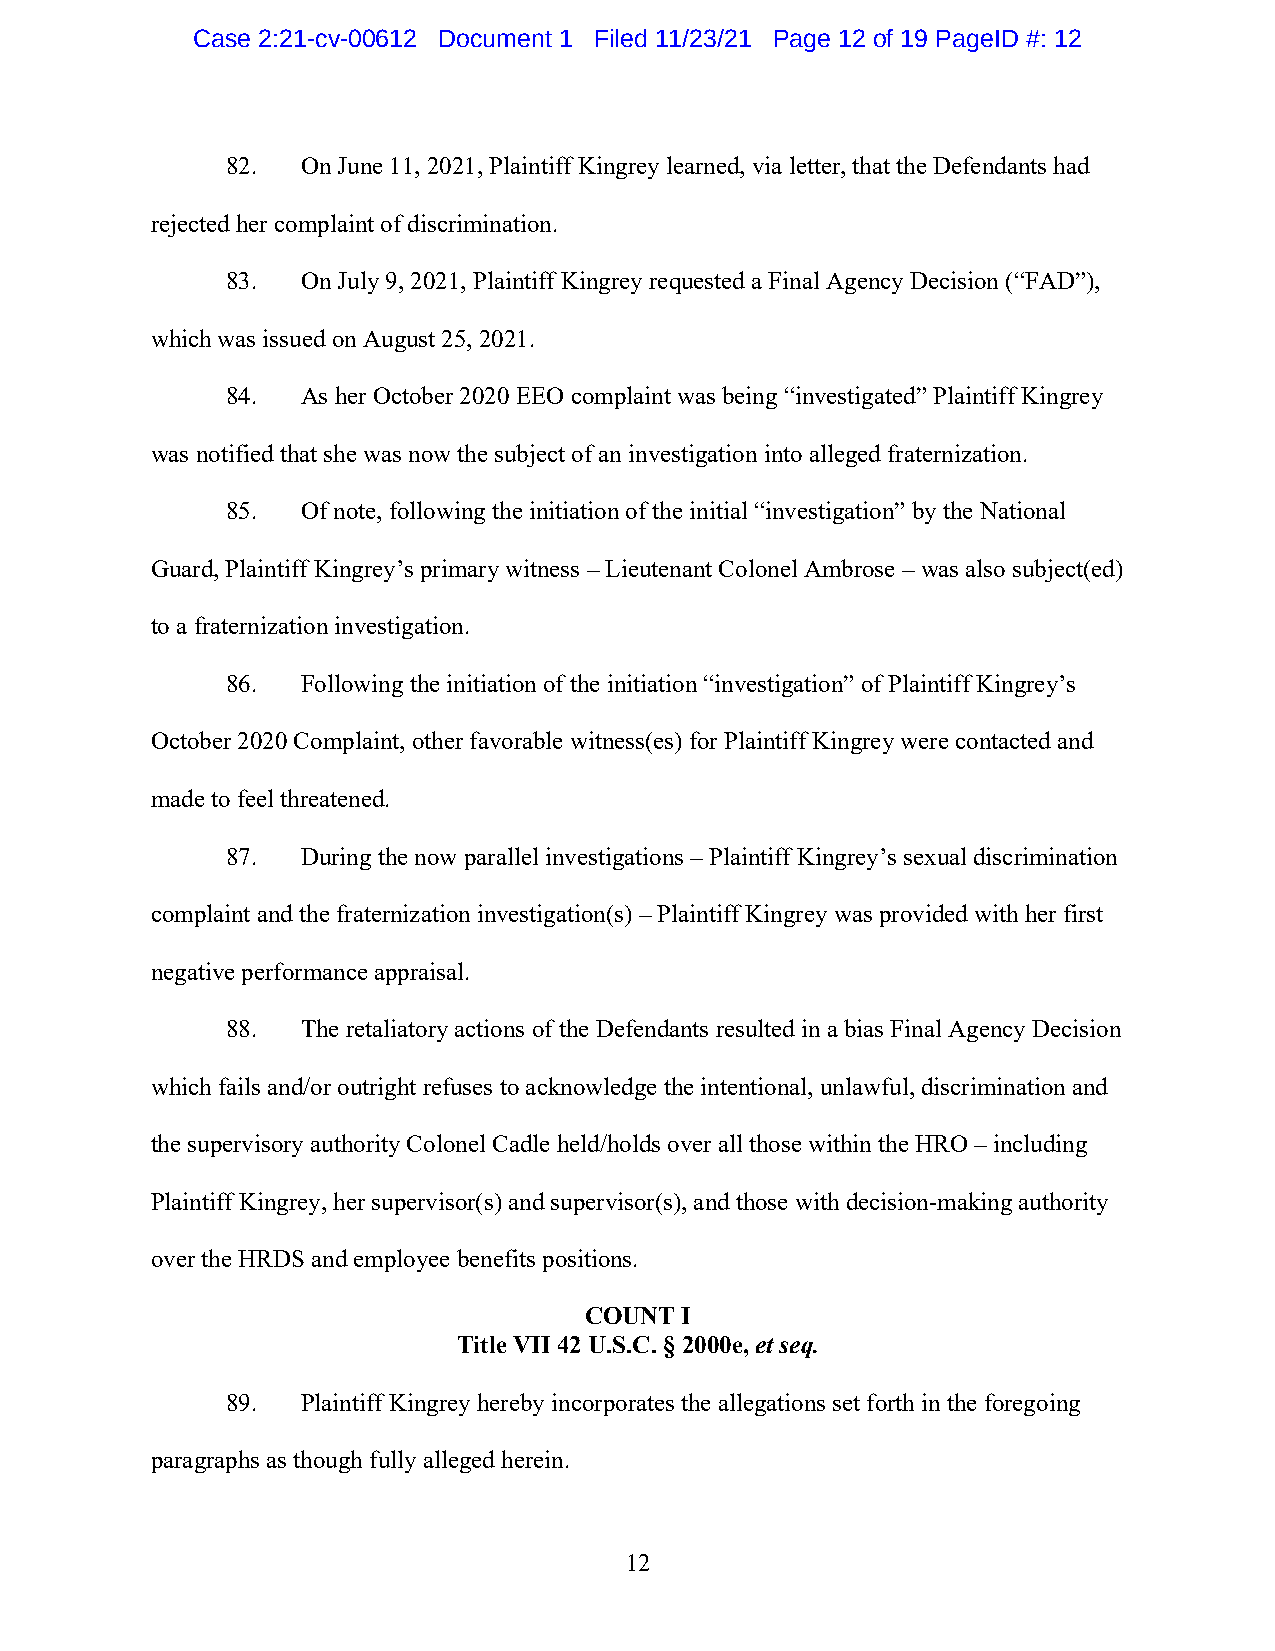
Case 2:21-cv-00612 Document 1 Filed 11/23/21 Page 12 of 19 PageID #: 12
 82.  On June 11, 2021, Plaintiff Kingrey learned, via letter, that the Defendants had
 rejected her complaint of discrimination.
 83.  On July 9, 2021, Plaintiff Kingrey requested a Final Agency Decision (“FAD”),
 which was issued on August 25, 2021.
 84.  As her October 2020 EEO complaint was being “investigated” Plaintiff Kingrey
 was notified that she was now the subject of an investigation into alleged fraternization.
 85.  Of note, following the initiation of the initial “investigation” by the National
 Guard, Plaintiff Kingrey’s primary witness – Lieutenant Colonel Ambrose – was also subject(ed)
 to a fraternization investigation.
 86.  Following the initiation of the initiation “investigation” of Plaintiff Kingrey’s
 October 2020 Complaint, other favorable witness(es) for Plaintiff Kingrey were contacted and
 made to feel threatened.
 87.  During the now parallel investigations – Plaintiff Kingrey’s sexual discrimination
 complaint and the fraternization investigation(s) – Plaintiff Kingrey was provided with her first
 negative performance appraisal.
 88.  The retaliatory actions of the Defendants resulted in a bias Final Agency Decision
 which fails and/or outright refuses to acknowledge the intentional, unlawful, discrimination and
 the supervisory authority Colonel Cadle held/holds over all those within the HRO – including
 Plaintiff Kingrey, her supervisor(s) and supervisor(s), and those with decision-making authority
 over the HRDS and employee benefits positions.
 COUNT I
 Title VII 42 U.S.C. § 2000e, et seq.
 89.  Plaintiff Kingrey hereby incorporates the allegations set forth in the foregoing
 paragraphs as though fully alleged herein.
 12